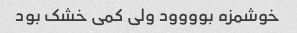
خوشمزه بوووود ولی کمی خشک بود